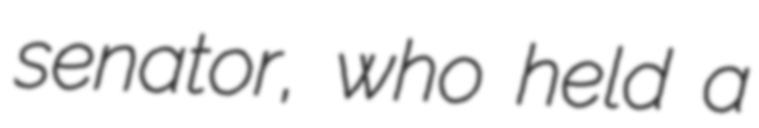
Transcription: senator, who held a